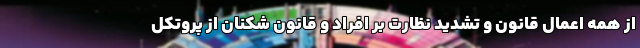
از همه اعمال قانون و تشدید نظارت بر افراد و قانون شکنان از پروتکل